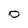
Character: 0